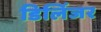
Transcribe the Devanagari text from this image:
डिलिंजर